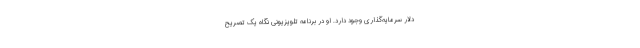
دلار سرمایه‌گذاری وجود دارد. او در برنامه تلویزیونی نگاه یک تصریح